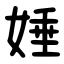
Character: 娷